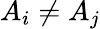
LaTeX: A_{i}\neq A_{j}